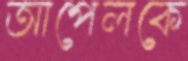
আপেলকে